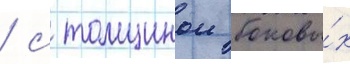
/ с толщинои боковы́х